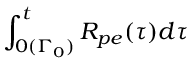
\int _ { 0 ( \Gamma _ { 0 } ) } ^ { t } R _ { p e } ( \tau ) d \tau